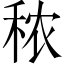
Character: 秾